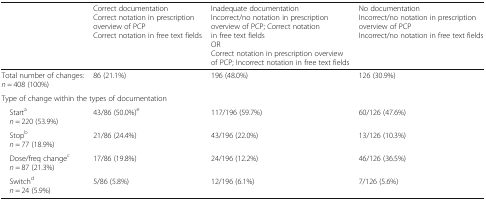
<table><thead><tr><td></td><td><b>Correct documentationCorrect notation in prescription overview of PCPCorrect notation in free text fields</b></td><td><b>Inadequate documentationIncorrect/no notation in prescription overview of PCP; Correct notation in free text fieldsORCorrect notation in prescription overview of PCP; Incorrect notation in free text fields</b></td><td><b>No documentationIncorrect/no notation in prescription overview of PCPIncorrect/no notation in free text fields</b></td></tr></thead><tbody><tr><td>Total number of changes:<i>n</i> = 408 (100%)</td><td>86 (21.1%)</td><td>196 (48.0%)</td><td>126 (30.9%)</td></tr><tr><td colspan="4">Type of change within the types of documentation</td></tr><tr><td> Start<sup>a</sup> <i>n</i> = 220 (53.9%)</td><td>43/86 (50.0%)<sup>e</sup></td><td>117/196 (59.7%)</td><td>60/126 (47.6%)</td></tr><tr><td> Stop<sup>b</sup> <i>n</i> = 77 (18.9%)</td><td>21/86 (24.4%)</td><td>43/196 (22.0%)</td><td>13/126 (10.3%)</td></tr><tr><td> Dose/freq change<sup>c</sup> <i>n</i> = 87 (21.3%)</td><td>17/86 (19.8%)</td><td>24/196 (12.2%)</td><td>46/126 (36.5%)</td></tr><tr><td> Switch<sup>d</sup> <i>n</i> = 24 (5.9%)</td><td>5/86 (5.8%)</td><td>12/196 (6.1%)</td><td>7/126 (5.6%)</td></tr></tbody></table>